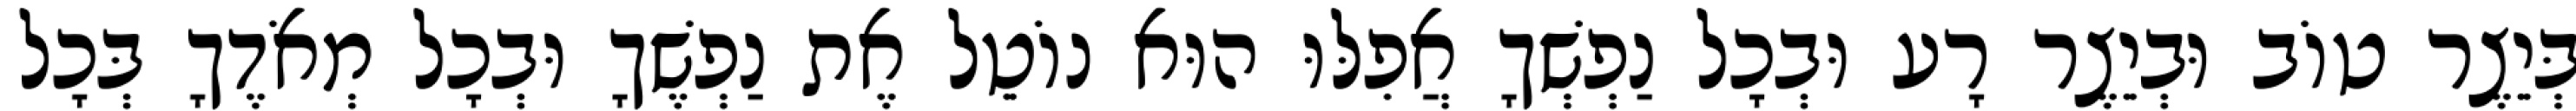
בְּיֵצֶר טוֹב וּבְיֵצֶר רָע וּבְכָל נַפְשְׁךָ אֲפִלּוּ הוּא נוֹטֵל אֶת נַפְשֶׁךָ וּבְכָל מְאֹדֶךָ בְּכָל